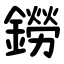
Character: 鐒